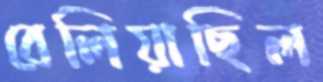
বেলিয়াছিল